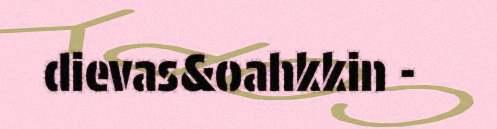
dievas&oahkkin -